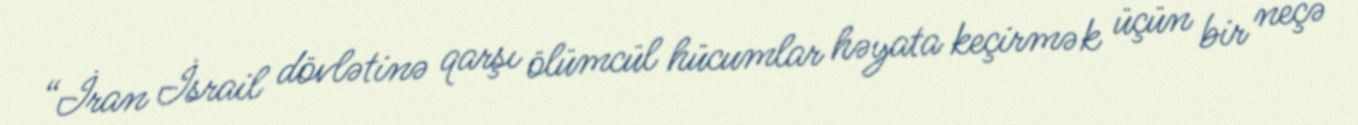
“İran İsrail dövlətinə qarşı ölümcül hücumlar həyata keçirmək üçün bir neçə